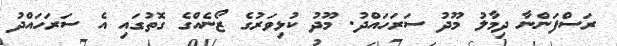
ރަސްފަންނާ ދިމާލު މޫދު ސަރަހައްދު. މޫދު ކުޅިވަރުގެ ޒޯނެއްގެ ގޮތުގައި އެ ސަރަހައްދު